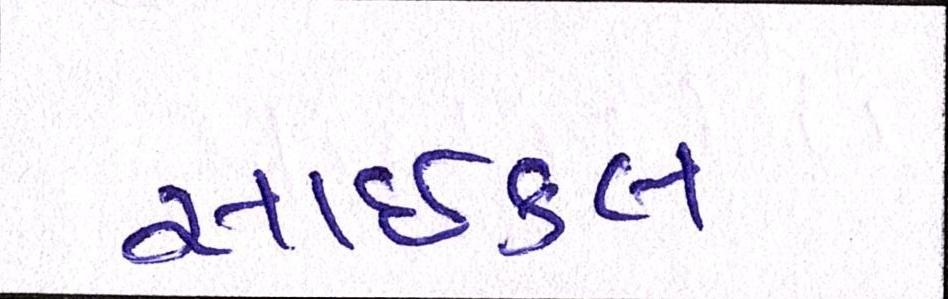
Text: સાઇકલ